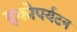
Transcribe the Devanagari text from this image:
इकोपर्यटन